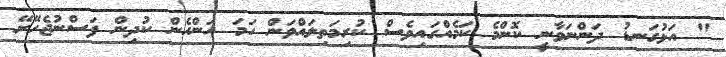
" އަޅުގަނޑު ދަންނަވާނީ ކޮންމެ ކަމެއްގައިވެސް ކުރިމަތިލައްވަން ހަމަ އަންހެން ކުދިން ފަސްނުޖެހޭށޭ